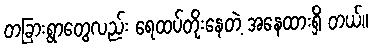
တခြားရွာတွေလည်း ရေထပ်တိုးနေတဲ့ အနေထားရှိ တယ်။